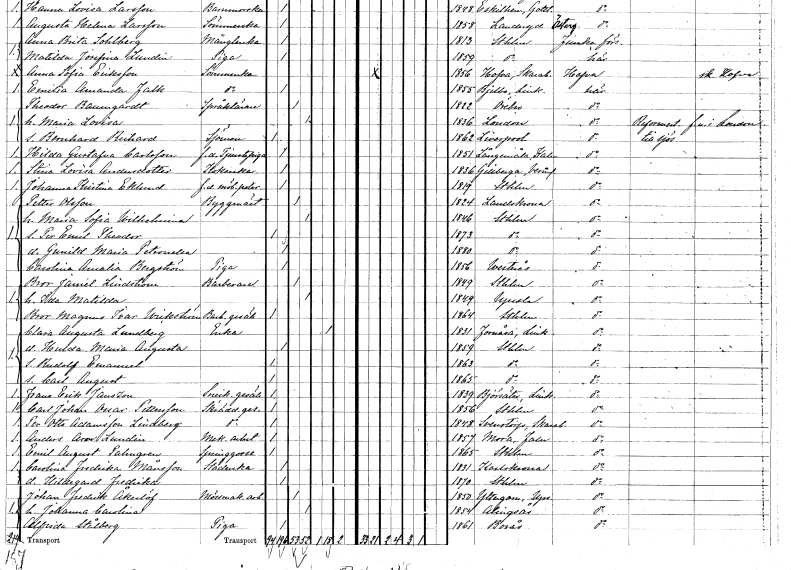
gt_parse: households: individuals: FN: Hilda Gustafva
EN: Carlsson
YRKE: Tjänstepiga f.d.
KON: K
CIV: O
FODAR: 1851
FODFORS: Långemåla Kalmar län
FN: Stina Lovisa
EN: Andersdotter
YRKE: Kokerska
KON: K
CIV: O
FODAR: 1836
FODFORS: Gillberga Värmlands län
FN: Johanna Kristina
EN: Eklund
YRKE: Möbelpolererska f.d.
KON: K
CIV: O
FODAR: 1819
FODFORS: Stockholm
FN: Petter
EN: Olsson
YRKE: Byggmästare
KON: M
CIV: G
FODAR: 1824
FODFORS: Landskrona Malmöhus län
FN: Maria Sofia Wilhelmina
KON: K
CIV: G
FODAR: 1846
FODFORS: Stockholm
FN: Per Emil Theodor
KON: M
CIV: O
FODAR: 1873
FODFORS: Stockholm
FN: Gunild Maria Petronella
KON: K
CIV: O
FODAR: 1880
FODFORS: Stockholm
FN: Carolina Amalia
EN: Bergström
YRKE: Piga
KON: K
CIV: O
FODAR: 1856
FODFORS: Västerås Västmanlands län
FN: Bror Janiel
EN: Lindström
YRKE: Barberare
KON: M
CIV: G
FODAR: 1849
FODFORS: Stockholm
FN: Ida Matilda
KON: K
CIV: G
FODAR: 1849
FODFORS: Uppsala Uppsala län
FN: Bror Magnus Ivar
EN: Wickström
YRKE: Barberaregesäll
KON: M
CIV: O
FODAR: 1864
FODFORS: Stockholm
FN: Clara Augusta
EN: Lundberg
YRKE: Änka
KON: K
CIV: E
FODAR: 1831
FODFORS: Fornåsa Östergötlands län
FN: Hulda Maria Augusta
KON: K
CIV: O
FODAR: 1859
FODFORS: Stockholm
FN: Rudolf Emanuel
KON: M
CIV: O
FODAR: 1863
FODFORS: Stockholm
FN: Carl August
KON: M
CIV: O
FODAR: 1865
FODFORS: Stockholm
FN: Frans Erik
EN: Janszon
YRKE: Snickaregesäll
KON: M
CIV: O
FODAR: 1839
FODFORS: Björsäter Östergötlands län
FN: Carl Johan Oscar
EN: Pettersson
YRKE: Skräddaregesäll
KON: M
CIV: O
FODAR: 1856
FODFORS: Stockholm
FN: Per Otto
EN: Adamsson Lindberg
YRKE: Skräddaregesäll
KON: M
CIV: O
FODAR: 1848
FODFORS: Sventorp Skaraborgs län
FN: Anders Aron
EN: Lundin
YRKE: Mekanikerarbetare
KON: M
CIV: O
FODAR: 1857
FODFORS: Mora Kopparbergs län
FN: Emil August
EN: Palmgren
YRKE: Springgosse
KON: M
CIV: O
FODAR: 1865
FODFORS: Stockholm
FN: Carolina Fredrika
EN: Månsson
YRKE: Städerska
KON: K
CIV: O
FODAR: 1831
FODFORS: Karlskrona Blekinge län
FN: Hildegard Fredrika
KON: K
CIV: O
FODAR: 1870
FODFORS: Stockholm
FN: Johan Fredrik
EN: Åkerlöf
YRKE: Mössmakeriarbetare
KON: M
CIV: G
FODAR: 1850
FODFORS: Yttergran Uppsala län
FN: Johanna Carolina
KON: K
CIV: G
FODAR: 1854
FODFORS: Alingsås Älvsborgs län
FN: Alfrida
EN: Stålberg
YRKE: Piga
KON: K
CIV: O
FODAR: 1861
FODFORS: Borås Älvsborgs län